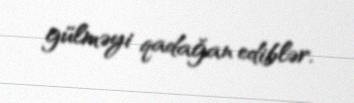
gülməyi qadağan ediblər.